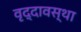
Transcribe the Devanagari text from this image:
वृद्दावस्था